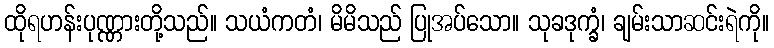
ထိုရဟန်းပုဏ္ဏားတို့သည်။ သယံကတံ၊ မိမိသည် ပြုအပ်သော။ သုခဒုက္ခံ၊ ချမ်းသာဆင်းရဲကို။